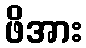
ဖိအား